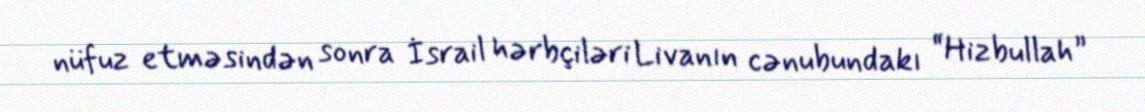
nüfuz etməsindən sonra İsrail hərbçiləri Livanın cənubundakı “Hizbullah”